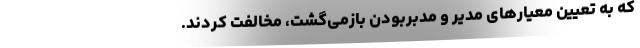
که به تعیین معیار‌های مدیر و مدبر‌بودن باز‌می‌گشت، مخالفت کردند.